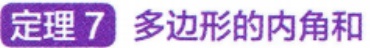
定理 7 多边形的内角和